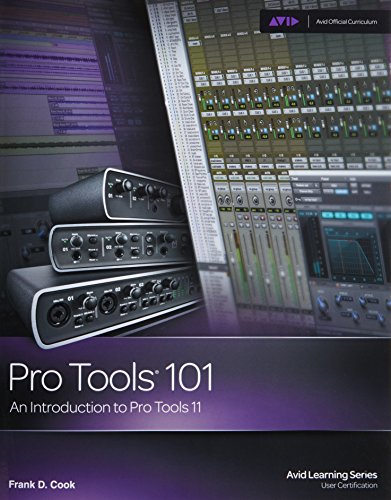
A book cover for Pro Tools 101: An Introduction to Pro Tools 11 (with DVD) (Avid Learning); Frank D. Cook; Arts & Photography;